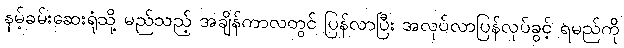
နမ့်ခမ်းဆေးရုံသို့ မည်သည့် အချိန်ကာလတွင် ပြန်လာပြီး အလုပ်လာပြန်လုပ်ခွင့် ရမည်ကို